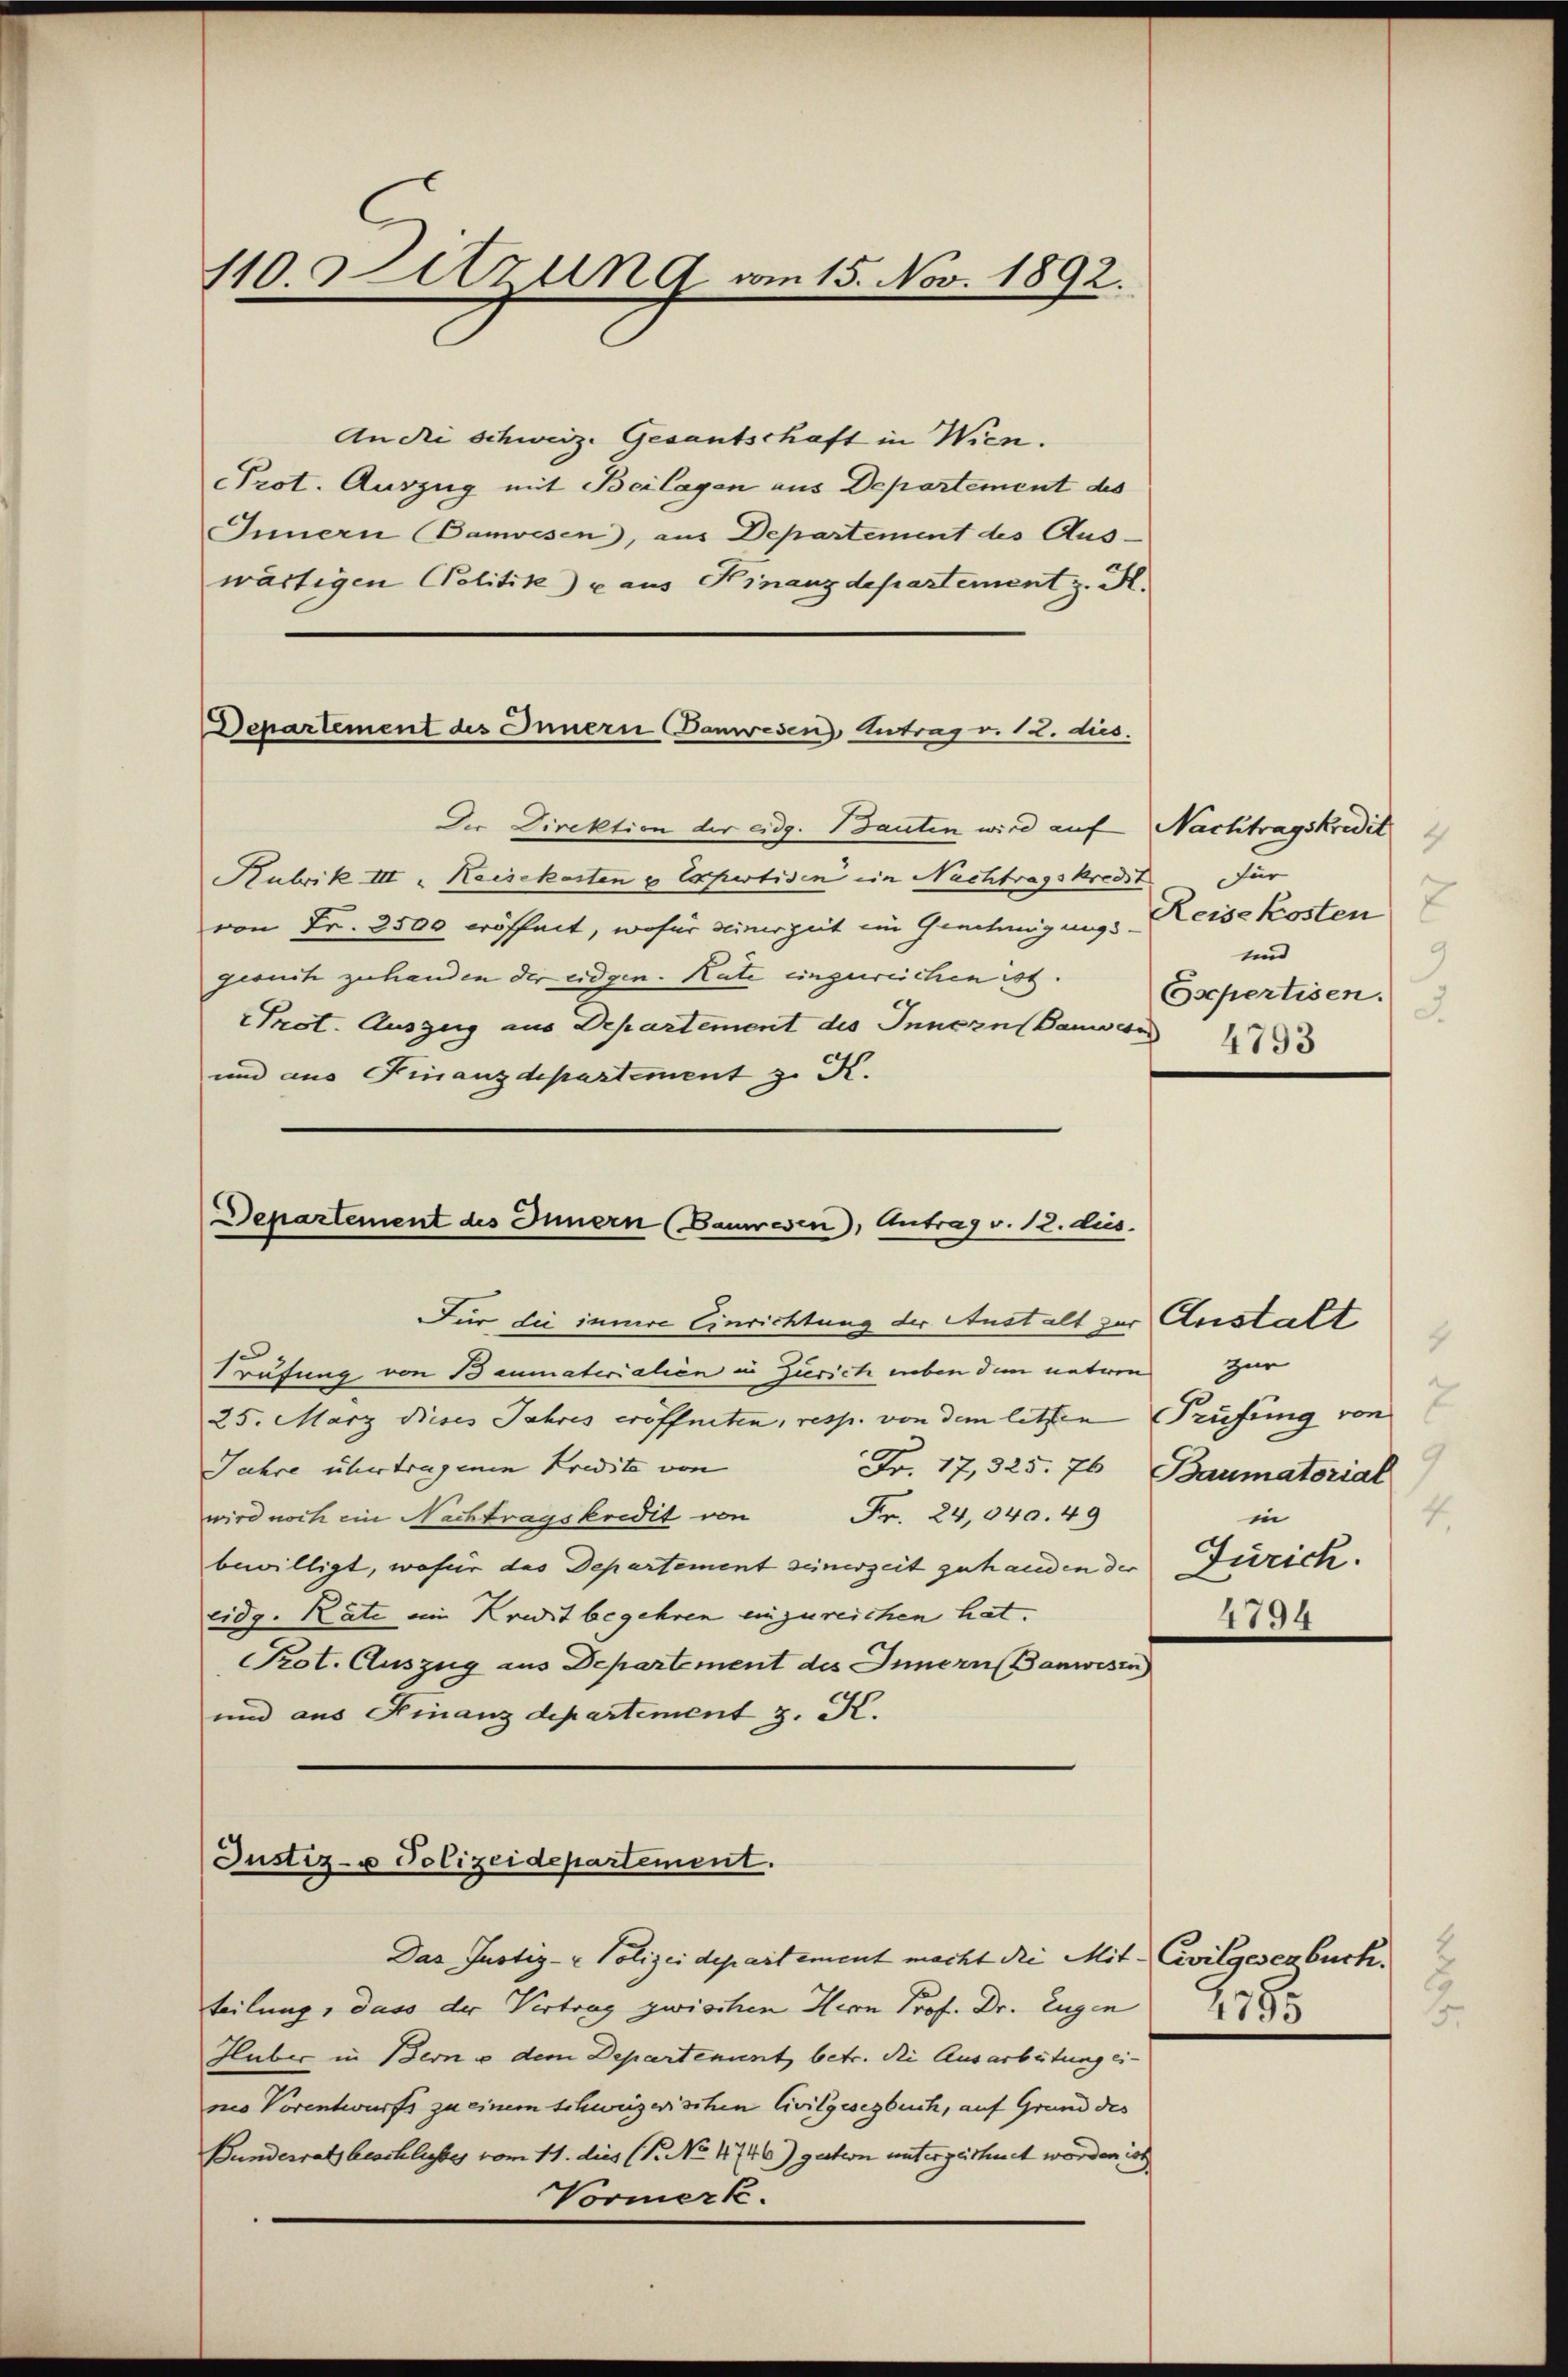
110. Sitzung vom 15. Nov. 1892.

An die Schweiz. Gesantschaft in Wien.
Prot. Auszug mit Beilagen aus Departement des
IInnern anwesen, aus Departement des Aus-
wärtigen Politik) u aus Kinanzdepartement z. M.
In Direktion der adg. Bauten wird auf
Hubrik III. Keisekosten u Expertisen im Nachtragskredit für
von Fr. 2500 eröffnet, wofür seinerzeit im Genehmigungsgesuch zu handen der Eidgen. Rate eingeweichen ist.
Prot. Auszug aus Departement des Innozn(Banwend
und aus Finanzdepartement z. K.

Departement des Innern anwesen Antrag v. 12. dies

Departement des Innern (Bauwesen), Antrag v. 12. dus.

Für die innere Einrichtung der Anstalt zur Anstalt
Prufung von Baumaterialien in Zürich neben dem unteren
25. März dieses Jahres eröffneten, resp. von dem letzten Prüfung von
Jahre übertragenen Kredite von
wird noch ein Nachtragskredit von Fr. 24,040. 49
bewilligt, wofür das Departement seinerzeit gehanden der Zürich.
eidg. Räte ein Kredit begehren einzureichen hat.
Prot. Auszug aus Departement des Innern Banwesen
und aus Finanzdepartement 3. K.

Justiz- u Polizeidepartement.

Nachtragskredit
Reisekosten
und
9
Expertisen.
3.
4793

Das Justiz- & Polizeidepartement macht die Mit Civilgesenbuch
teilung, dass der Vertrag zwischen Herrn Prof. Dr. Eugen
Huber in Bern u dem Departenunt, betr. die Ausarbeitung ei-
neo Vorentwurfs zu einem schweizerischen Civilgesezbuch, auf Grund des
Bundesrath beschlisberg vom 11. dies (T. No 1746) gestern unterzeichnet worden ist
Vormerk.

4
zur
Fr. 17, 325. 76 Baumatorial
in
4
4794

2
219
2